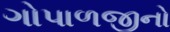
ગોપાળજીનો